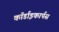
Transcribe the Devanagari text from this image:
कॉर्डाइकार्पस